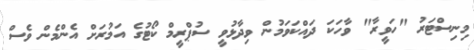
މިނިސްޓަރު "ހަވީރާ" ވާހަކަ ދައްކަވަމުން ވިދާޅުވީ ސުޕްރީމް ކޯޓުގެ އަމުރަށް އެންމެން ވެސް